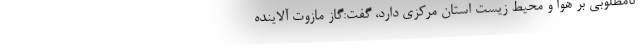
نامطلوبی بر هوا و محیط زیست استان مرکزی دارد، گفت:‌گاز مازوت آلاینده